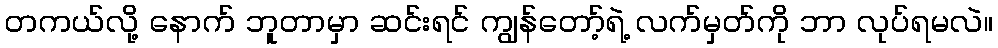
တကယ်လို့ နောက် ဘူတာမှာ ဆင်းရင် ကျွန်တော့်ရဲ့ လက်မှတ်ကို ဘာ လုပ်ရမလဲ။